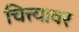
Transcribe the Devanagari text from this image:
चित्त्यावर